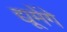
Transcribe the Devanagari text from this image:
द्यूमेंगे